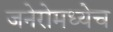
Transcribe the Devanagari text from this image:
जनेरोमध्येच